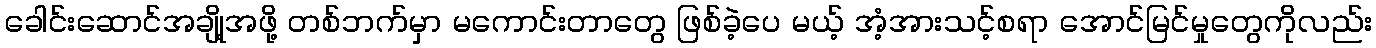
ခေါင်းဆောင်အချို့အဖို့ တစ်ဘက်မှာ မကောင်းတာတွေ ဖြစ်ခဲ့ပေ မယ့် အံ့အားသင့်စရာ အောင်မြင်မှုတွေကိုလည်း